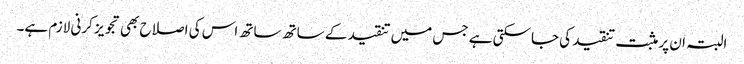
البتہ ان پر مثبت تنقید کی جاسکتی ہے جس میں تنقید کے ساتھ ساتھ اس کی اصلاح بھی تجویز کرنی لازم ہے۔